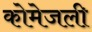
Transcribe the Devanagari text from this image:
कोमेजली